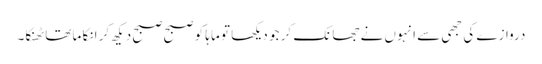
دروازے کی جھی سے انہوں نے جھانک کر جو دیکھا تو ماہا کو صبح صبح دیکھ کر انکا ما تھا ٹھنکا۔